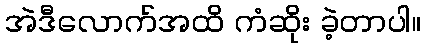
အဲဒီလောက်အထိ ကံဆိုး ခဲ့တာပါ။